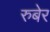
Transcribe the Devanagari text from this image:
रुबेर